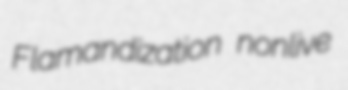
Flamandization nonlive